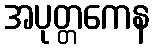
အပုတ္တကေန